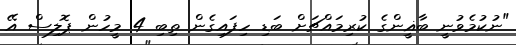
"ނުކުމެވުނީ ބާޣީންގެ ކުރިމައްޗަށް ބަޑި ހިފައިގެން ތިބި 4 މީހުން ޕޮލިސް އޭ